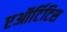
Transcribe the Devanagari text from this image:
एऑर्टिटिस